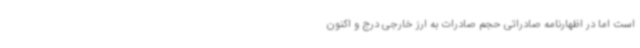
است اما در اظهارنامه صادراتی حجم صادرات به ارز خارجی درج و اکنون